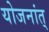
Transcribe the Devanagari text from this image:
योजनांत्‌